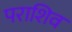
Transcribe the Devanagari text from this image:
पराशिव